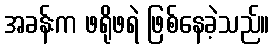
အခန်းက ဖရိုဖရဲ ဖြစ်နေခဲ့သည်။